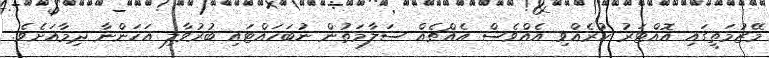
މޭޒުމަތީގައި އޮއްޓަރު ކުރެއްވި އެއްވެސް އެއްޗެއް ސަލާމަތުން ނުބަހައްޓައި ބުރުވާލި އަހަންނާ ދިމާއަށެވެ.